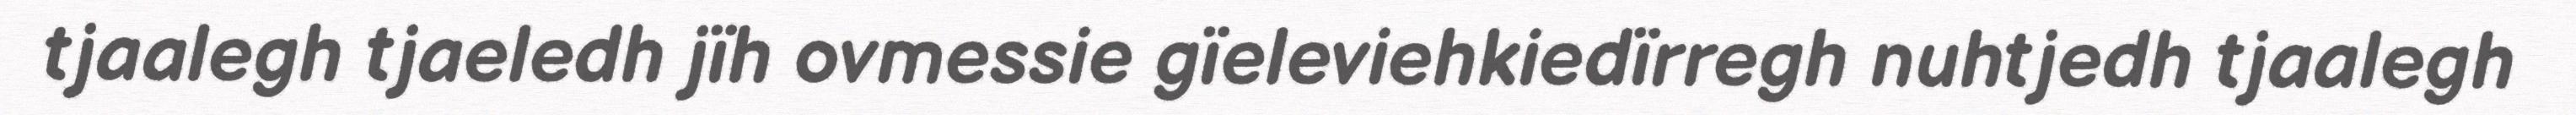
tjaalegh tjaeledh jïh ovmessie gïeleviehkiedïrregh nuhtjedh tjaalegh